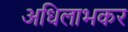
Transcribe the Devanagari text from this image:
अधिलाभकर